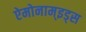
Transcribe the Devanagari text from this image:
ऐमोनाम्‌इड्स